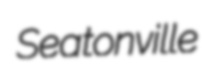
Seatonville